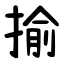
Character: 揄